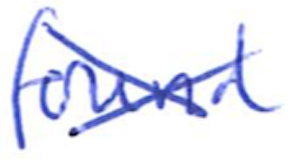
Text: found
Cross-out: cross
Writing tool: ballpoint